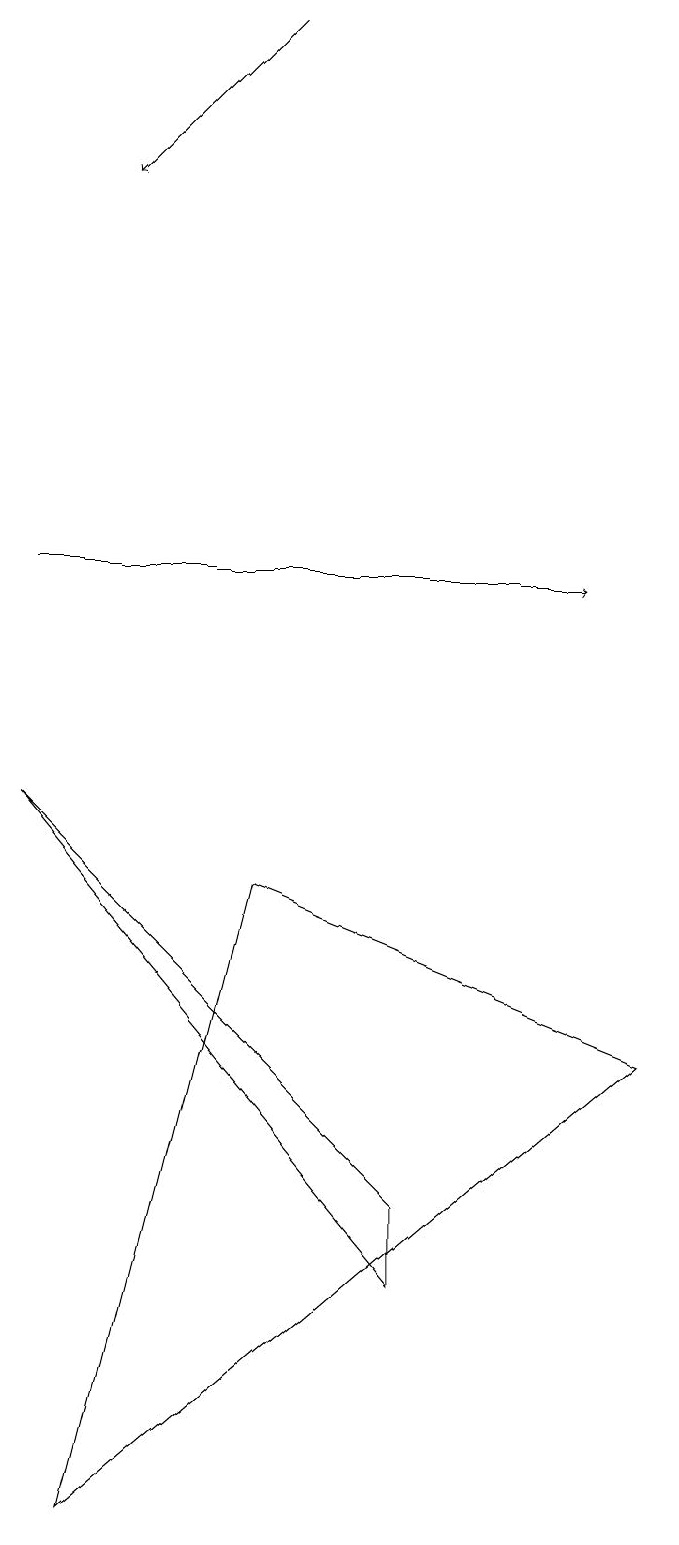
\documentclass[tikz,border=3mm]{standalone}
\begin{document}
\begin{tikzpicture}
\draw[->] (3,19) -- (1,17);
\draw (8,6) -- (3,8) -- (1,0) -- cycle;
\draw[->] (0,12) -- (7,12);
\draw (0,9) -- (5,3) -- (5,4) -- cycle;
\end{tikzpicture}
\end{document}